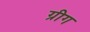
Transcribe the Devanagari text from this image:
ग्रीग